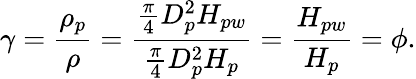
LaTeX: \gamma=\frac{\rho_{p}}{\rho}=\frac{\frac{\pi}{4}D_{p}^{2}H_{pw}}{\frac{\pi}{4}D_{p}^{2}H_{p}}=\frac{H_{pw}}{H_{p}}=\phi.